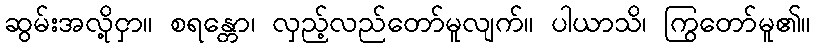
ဆွမ်းအလို့ငှာ။ စရန္တော၊ လှည့်လည်တော်မူလျက်။ ပါယာသိ၊ ကြွတော်မူ၏။